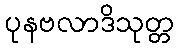
ပုနဗလာဒိသုတ္တ